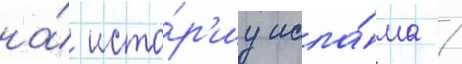
на́ исто́р'иу исла́ма /